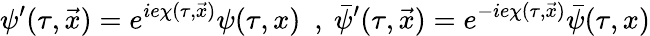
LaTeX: \psi^{\prime}(\tau,\vec{x})=e^{ie\chi(\tau,\vec{x})}\psi(\tau,x){}~~,~\bar{\psi}^{\prime}(\tau,\vec{x})=e^{-ie\chi(\tau,\vec{x})}\bar{\psi}(\tau,x)